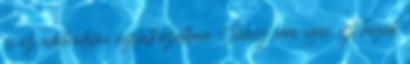
és az adatvédelmi nyilatkozatban. Válasz erre igen, ezt hívják